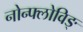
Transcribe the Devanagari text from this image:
नोन्फ्लोविङ्